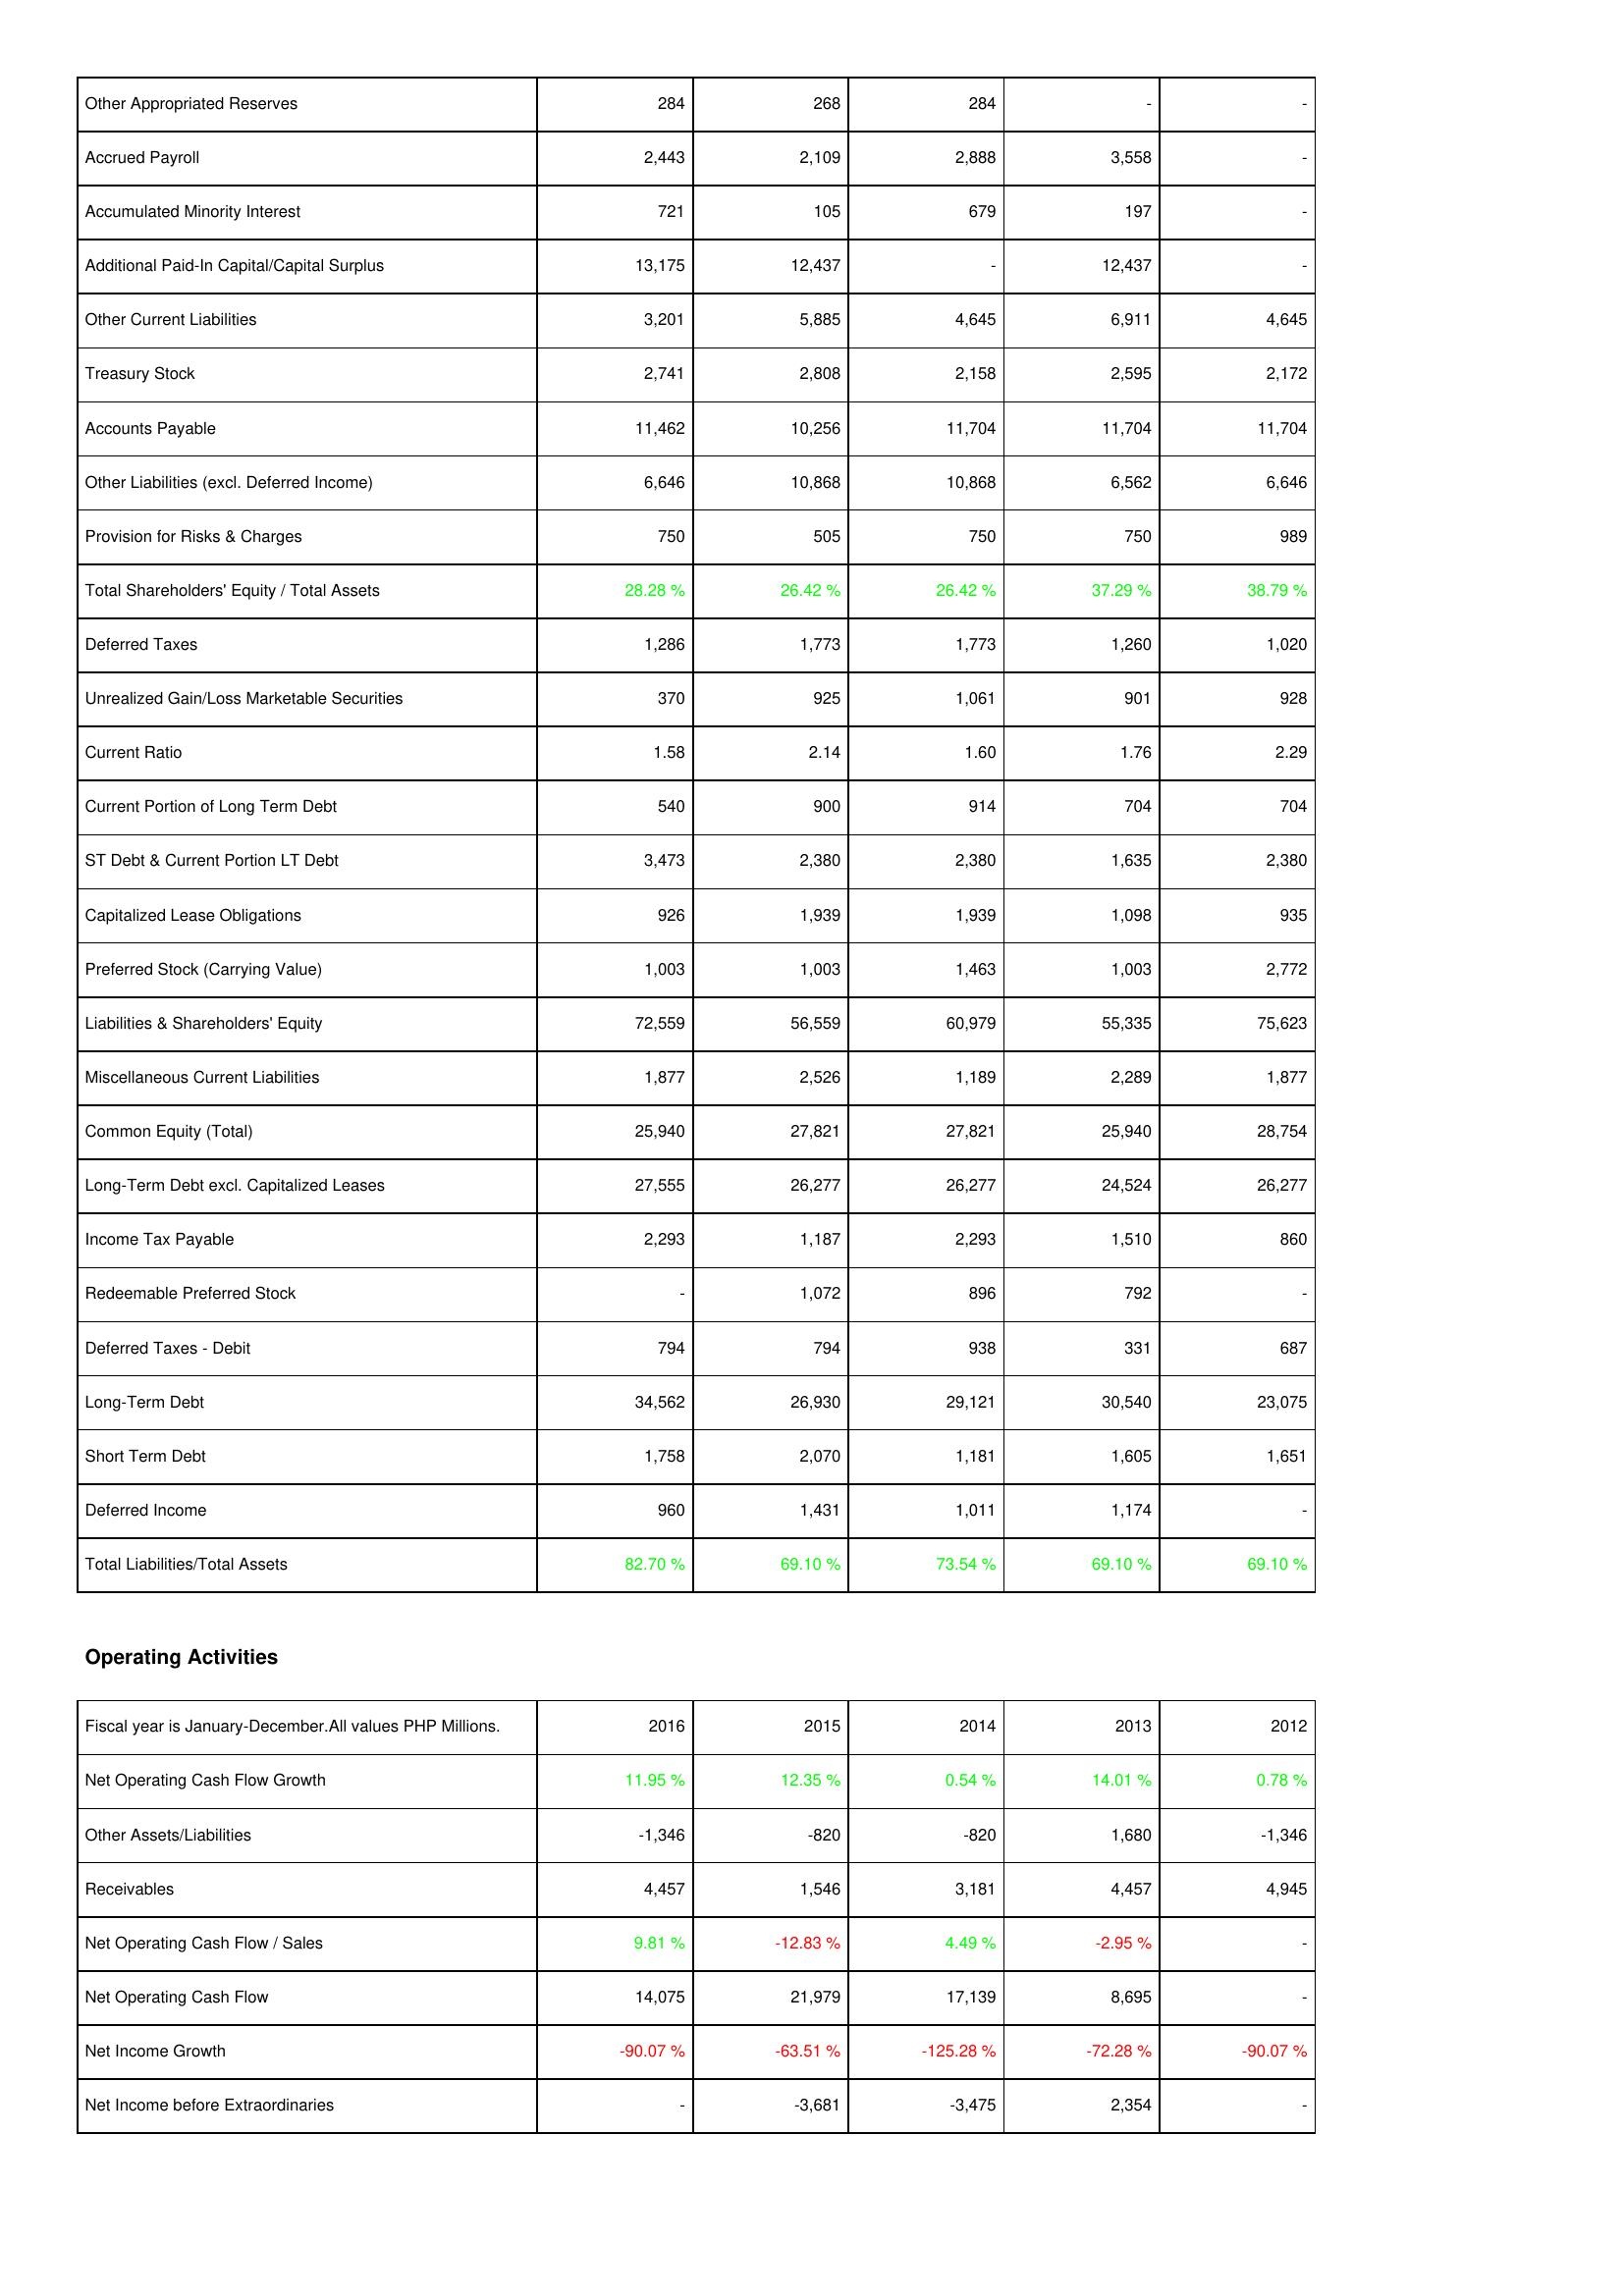
2016: Liabilities & Shareholders' Equity: Other Appropriated Reserves: 284
Accrued Payroll: 2,443
Accumulated Minority Interest: 721
Additional Paid-In Capital/Capital Surplus: 13,175
Other Current Liabilities: 3,201
Treasury Stock: 2,741
Accounts Payable: 11,462
Other Liabilities (excl. Deferred Income): 6,646
Provision for Risks & Charges: 750
Total Shareholders' Equity / Total Assets: 28.28 %
Deferred Taxes: 1,286
Unrealized Gain/Loss Marketable Securities: 370
Current Ratio: 1.58
Current Portion of Long Term Debt: 540
ST Debt & Current Portion LT Debt: 3,473
Capitalized Lease Obligations: 926
Preferred Stock (Carrying Value): 1,003
Liabilities & Shareholders' Equity: 72,559
Miscellaneous Current Liabilities: 1,877
Common Equity (Total): 25,940
Long-Term Debt excl. Capitalized Leases: 27,555
Income Tax Payable: 2,293
Redeemable Preferred Stock: -
Deferred Taxes - Debit: 794
Long-Term Debt: 34,562
Short Term Debt: 1,758
Deferred Income: 960
Total Liabilities/Total Assets: 82.70 %
Operating Activities: Net Operating Cash Flow Growth: 11.95 %
Other Assets/Liabilities: -1,346
Receivables: 4,457
Net Operating Cash Flow / Sales: 9.81 %
Net Operating Cash Flow: 14,075
Net Income Growth: -90.07 %
Net Income before Extraordinaries: -
2015: Liabilities & Shareholders' Equity: Other Appropriated Reserves: 268
Accrued Payroll: 2,109
Accumulated Minority Interest: 105
Additional Paid-In Capital/Capital Surplus: 12,437
Other Current Liabilities: 5,885
Treasury Stock: 2,808
Accounts Payable: 10,256
Other Liabilities (excl. Deferred Income): 10,868
Provision for Risks & Charges: 505
Total Shareholders' Equity / Total Assets: 26.42 %
Deferred Taxes: 1,773
Unrealized Gain/Loss Marketable Securities: 925
Current Ratio: 2.14
Current Portion of Long Term Debt: 900
ST Debt & Current Portion LT Debt: 2,380
Capitalized Lease Obligations: 1,939
Preferred Stock (Carrying Value): 1,003
Liabilities & Shareholders' Equity: 56,559
Miscellaneous Current Liabilities: 2,526
Common Equity (Total): 27,821
Long-Term Debt excl. Capitalized Leases: 26,277
Income Tax Payable: 1,187
Redeemable Preferred Stock: 1,072
Deferred Taxes - Debit: 794
Long-Term Debt: 26,930
Short Term Debt: 2,070
Deferred Income: 1,431
Total Liabilities/Total Assets: 69.10 %
Operating Activities: Net Operating Cash Flow Growth: 12.35 %
Other Assets/Liabilities: -820
Receivables: 1,546
Net Operating Cash Flow / Sales: -12.83 %
Net Operating Cash Flow: 21,979
Net Income Growth: -63.51 %
Net Income before Extraordinaries: -3,681
2014: Liabilities & Shareholders' Equity: Other Appropriated Reserves: 284
Accrued Payroll: 2,888
Accumulated Minority Interest: 679
Additional Paid-In Capital/Capital Surplus: -
Other Current Liabilities: 4,645
Treasury Stock: 2,158
Accounts Payable: 11,704
Other Liabilities (excl. Deferred Income): 10,868
Provision for Risks & Charges: 750
Total Shareholders' Equity / Total Assets: 26.42 %
Deferred Taxes: 1,773
Unrealized Gain/Loss Marketable Securities: 1,061
Current Ratio: 1.60
Current Portion of Long Term Debt: 914
ST Debt & Current Portion LT Debt: 2,380
Capitalized Lease Obligations: 1,939
Preferred Stock (Carrying Value): 1,463
Liabilities & Shareholders' Equity: 60,979
Miscellaneous Current Liabilities: 1,189
Common Equity (Total): 27,821
Long-Term Debt excl. Capitalized Leases: 26,277
Income Tax Payable: 2,293
Redeemable Preferred Stock: 896
Deferred Taxes - Debit: 938
Long-Term Debt: 29,121
Short Term Debt: 1,181
Deferred Income: 1,011
Total Liabilities/Total Assets: 73.54 %
Operating Activities: Net Operating Cash Flow Growth: 0.54 %
Other Assets/Liabilities: -820
Receivables: 3,181
Net Operating Cash Flow / Sales: 4.49 %
Net Operating Cash Flow: 17,139
Net Income Growth: -125.28 %
Net Income before Extraordinaries: -3,475
2013: Liabilities & Shareholders' Equity: Other Appropriated Reserves: -
Accrued Payroll: 3,558
Accumulated Minority Interest: 197
Additional Paid-In Capital/Capital Surplus: 12,437
Other Current Liabilities: 6,911
Treasury Stock: 2,595
Accounts Payable: 11,704
Other Liabilities (excl. Deferred Income): 6,562
Provision for Risks & Charges: 750
Total Shareholders' Equity / Total Assets: 37.29 %
Deferred Taxes: 1,260
Unrealized Gain/Loss Marketable Securities: 901
Current Ratio: 1.76
Current Portion of Long Term Debt: 704
ST Debt & Current Portion LT Debt: 1,635
Capitalized Lease Obligations: 1,098
Preferred Stock (Carrying Value): 1,003
Liabilities & Shareholders' Equity: 55,335
Miscellaneous Current Liabilities: 2,289
Common Equity (Total): 25,940
Long-Term Debt excl. Capitalized Leases: 24,524
Income Tax Payable: 1,510
Redeemable Preferred Stock: 792
Deferred Taxes - Debit: 331
Long-Term Debt: 30,540
Short Term Debt: 1,605
Deferred Income: 1,174
Total Liabilities/Total Assets: 69.10 %
Operating Activities: Net Operating Cash Flow Growth: 14.01 %
Other Assets/Liabilities: 1,680
Receivables: 4,457
Net Operating Cash Flow / Sales: -2.95 %
Net Operating Cash Flow: 8,695
Net Income Growth: -72.28 %
Net Income before Extraordinaries: 2,354
2012: Liabilities & Shareholders' Equity: Other Appropriated Reserves: -
Accrued Payroll: -
Accumulated Minority Interest: -
Additional Paid-In Capital/Capital Surplus: -
Other Current Liabilities: 4,645
Treasury Stock: 2,172
Accounts Payable: 11,704
Other Liabilities (excl. Deferred Income): 6,646
Provision for Risks & Charges: 989
Total Shareholders' Equity / Total Assets: 38.79 %
Deferred Taxes: 1,020
Unrealized Gain/Loss Marketable Securities: 928
Current Ratio: 2.29
Current Portion of Long Term Debt: 704
ST Debt & Current Portion LT Debt: 2,380
Capitalized Lease Obligations: 935
Preferred Stock (Carrying Value): 2,772
Liabilities & Shareholders' Equity: 75,623
Miscellaneous Current Liabilities: 1,877
Common Equity (Total): 28,754
Long-Term Debt excl. Capitalized Leases: 26,277
Income Tax Payable: 860
Redeemable Preferred Stock: -
Deferred Taxes - Debit: 687
Long-Term Debt: 23,075
Short Term Debt: 1,651
Deferred Income: -
Total Liabilities/Total Assets: 69.10 %
Operating Activities: Net Operating Cash Flow Growth: 0.78 %
Other Assets/Liabilities: -1,346
Receivables: 4,945
Net Operating Cash Flow / Sales: -
Net Operating Cash Flow: -
Net Income Growth: -90.07 %
Net Income before Extraordinaries: -